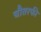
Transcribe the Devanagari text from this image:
चौतरफी